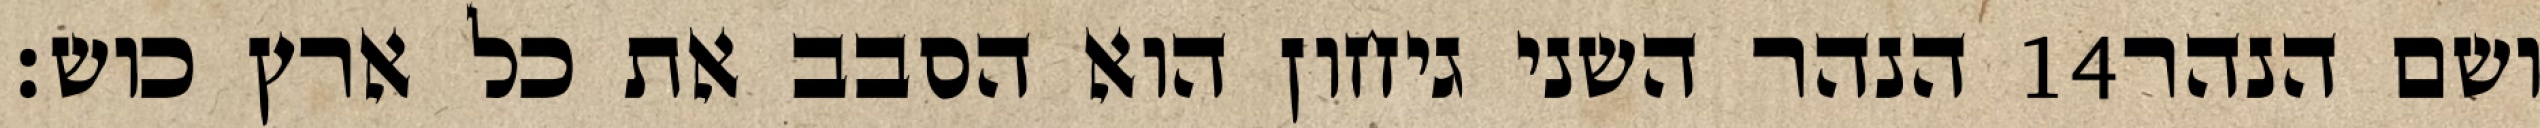
הנהר השני גיחון הוא הסבב את כל ארץ כוש׃ ‎14‏ ושם הנהר